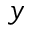
y